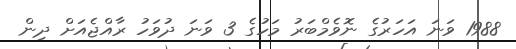
1988 ވަނަ އަހަރުގެ ނޮވެމްބަރު މަހުގެ 3 ވަނަ ދުވަހު ރާއްޖެއަށް ދިން